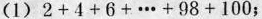
(1)$$2 + 4 + 6 + … + 9 8 + 1 0 0$$；